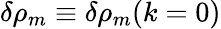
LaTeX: \delta\rho_{m}\equiv\delta\rho_{m}(k=0)